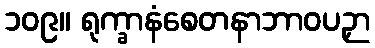
၁၀၉။ ရုက္ခာနံစေတနာဘာဝပဉှာ